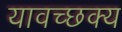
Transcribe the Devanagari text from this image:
यावच्छक्य